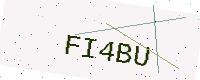
Text: FI4BU